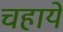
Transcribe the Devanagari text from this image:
चहाये